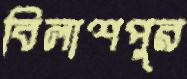
বিলাশপুর